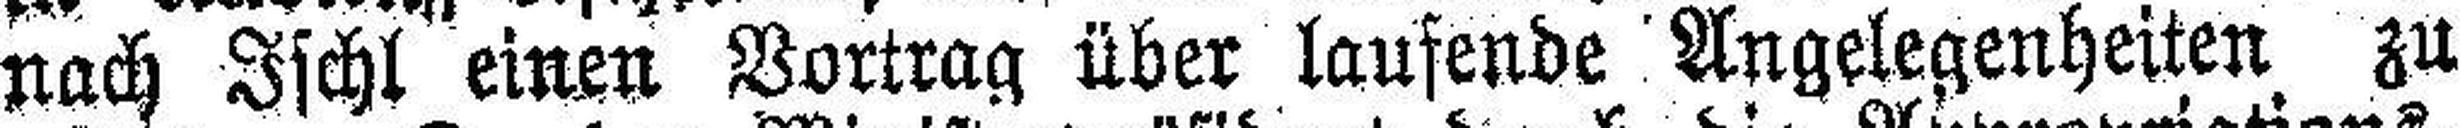
nach Ischl einen Vortrag über laufende Angelegenheiten zu